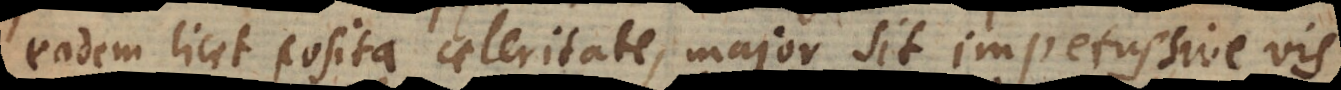
eadem licet posita celeritate, major sit impetus,